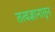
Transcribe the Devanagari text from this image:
तत्वज्ञानातून